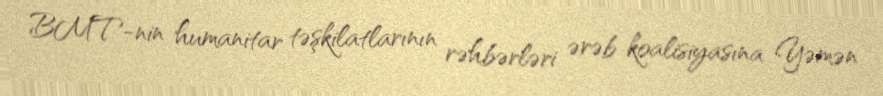
BMT-nin humanitar təşkilatlarının rəhbərləri ərəb koalisiyasına Yəmən